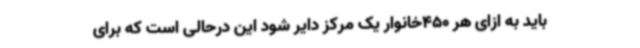
باید به ازای هر 450خانوار یک مرکز دایر شود این درحالی است که برای